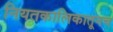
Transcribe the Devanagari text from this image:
नियतकालिकातूनच